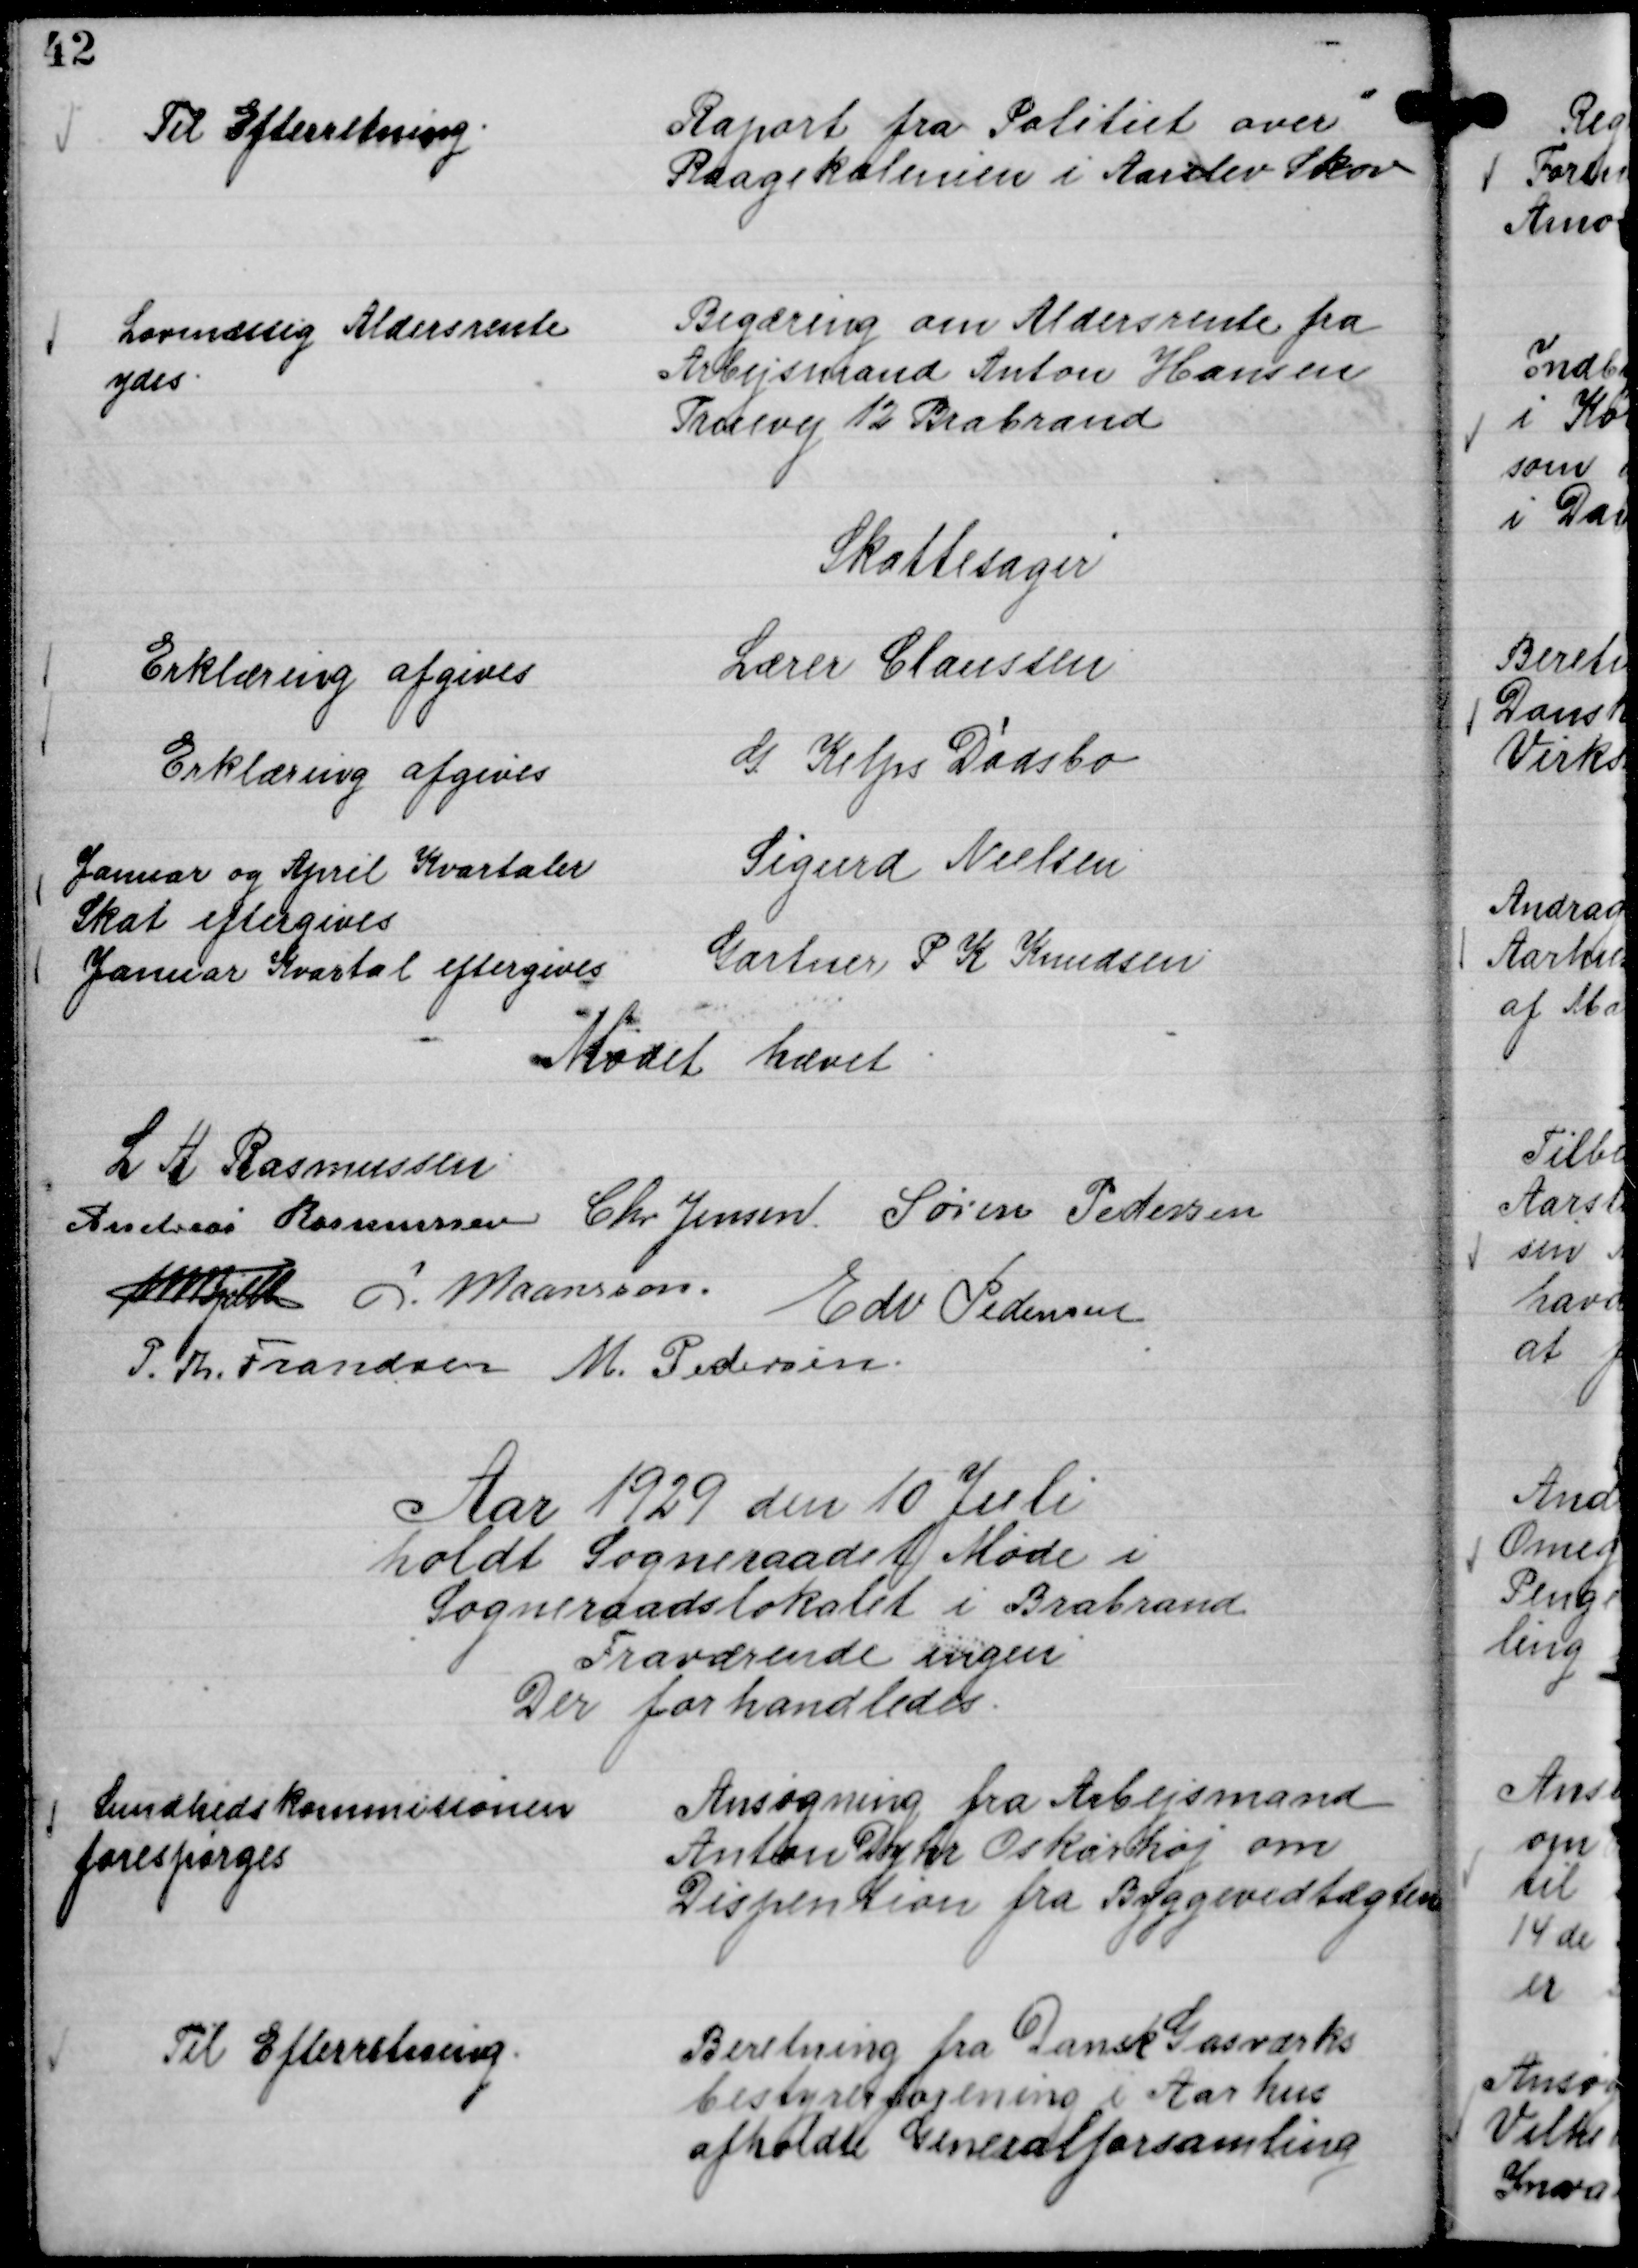
Transskription:
Raport fra Politiet over
Raagekolenien i Aarslev Skov

Til Efterretning.

Begæring om Aldersrente fra
Arbejdsmand Anton Hansen
Truevej 12 Brabrand

Lovmæssig Aldersrente
ydes.

Skattesager
Lærer Claussen
Erklæring afgives
G Kelps Dødsbo
Erklæring afgives
Sigurd Nielsen
Januar og April Kvartaler
Skat eftergives
Gartner P K Knudsen
Januar Kvartal eftergives

Mødet hævet.
L. H. Rasmussen
Andreas Rasmussen
Chr Jensen.
Søren Pedersen
Th Bjelke
L. Maansson.
Edv Pedersen
P. Th. Frandsen
M. Pedersen.

Aar 1929 den 10 Juli
holdt Sogneraadet Møde i
Sogneraadslokalet i Brabrand
Fraværende ingen
Der forhandledes.

Ansøgning fra Arbejsmand
Anton Dyhr Oskarhøj om
Dispention fra Byggevedtægten

Sundhedskommisionen
forespørges

Beretning fra Dansk Gasværks
bestyrerforening i Aarhus
afholdte Generalforsamling

Til Efterretning.